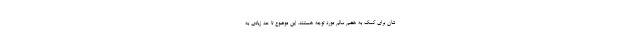
شان برای کمک به هضم سالم مورد توجه هستند. این موضوع تا حد زیادی به